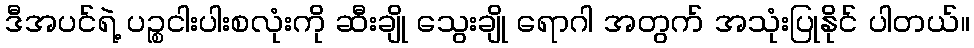
ဒီအပင်ရဲ့ ပဉ္စငါးပါးစလုံးကို ဆီးချို သွေးချို ရောဂါ အတွက် အသုံးပြုနိုင် ပါတယ်။